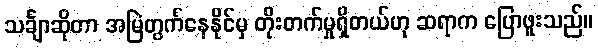
သင်္ချာဆိုတာ အမြဲတွက်နေနိုင်မှ တိုးတက်မှုရှိတယ်ဟု ဆရာက ပြောဖူးသည်။